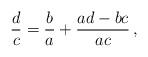
LaTeX: \begin{align*}\frac{d}{c}=\frac{b}{a}+\frac{ad-bc}{ac}\,,\end{align*}